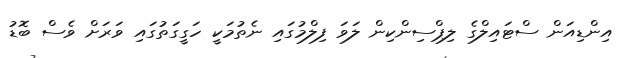
އިންޑިއަން ސްޓައިލްގެ ލިޕްސިންކިން ލަވަ ފިލްމުގައި ނެތުމަކީ ހަގީގަތުގައި ވަރަށް ވެސް ބޮޑު